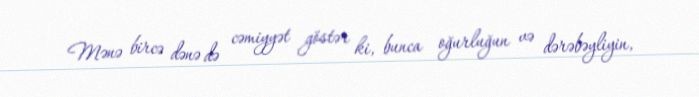
Mənə bircə dənə də cəmiyyət göstər ki, bunca oğurluğun və dərəbəyliyin,